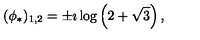
( \phi _ { * } ) _ { 1 , 2 } = \pm \imath \log \left( 2 + \sqrt 3 \right) ,